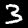
Digit: 3